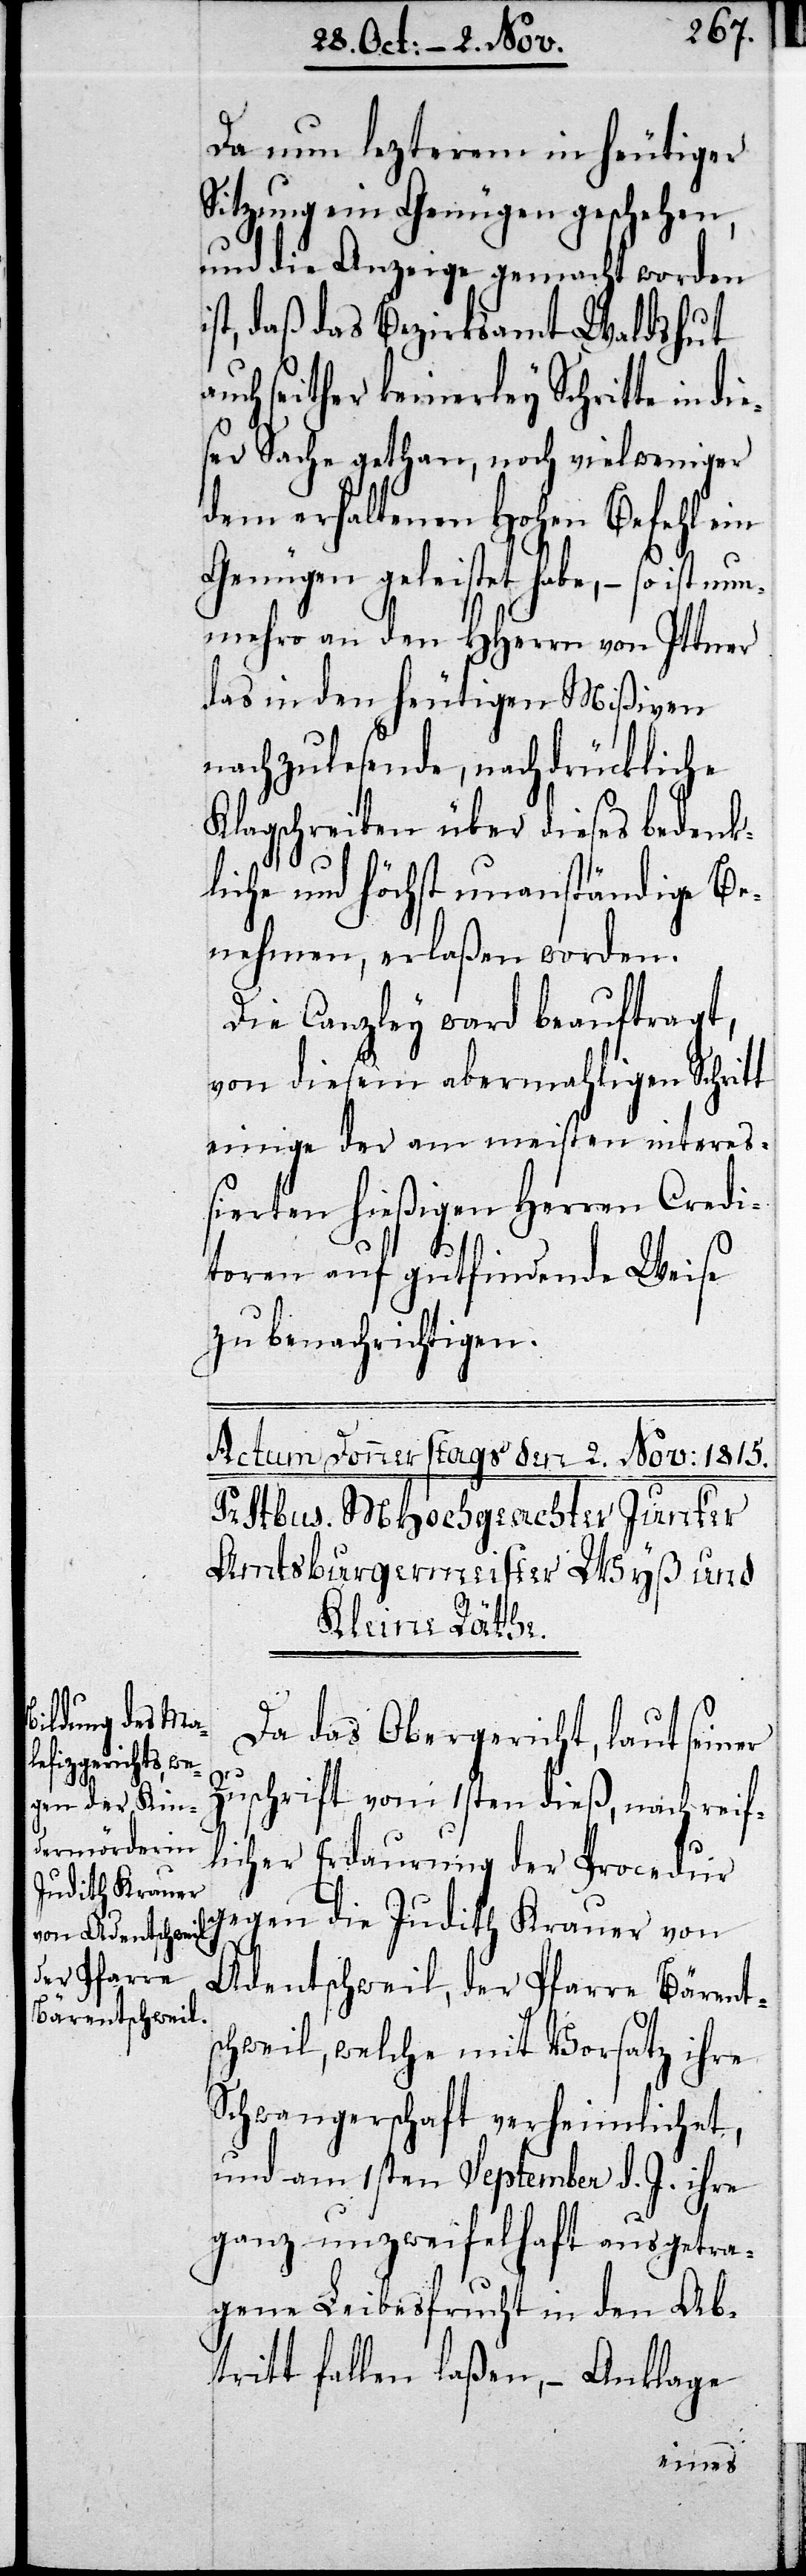
Da nun lezterem in heutiger
Sitzung ein Genügen geschehen,
und die Anzeige gemacht worden
ist, daß das Bezirksamt Waldshut
auch seither keinerley Schritte in die¬
ser Sache gethan, noch vielweniger
dem erhaltenen Hohen Befehl ein
Genüge geleistet habe, – so ist nun¬
mehro an den Herrn von Ittner
das in den heutigen Mißven
nachzulesende, nachdrückliche
Klagschreiben über dieses bedenk¬
liche und höchst unanständige Be¬
nehmen, erlaßen worden.
Die Canzley ward beauftragt,
von diesem abermahligen Schrit¬
t einige der am meisten intere¬
ßierten hießigen Herren Credi¬
toren auf gutfindende Weise
zu benachrichtigen.
Da das Obergericht, laut seiner
Zuschrift vom 1sten dieß, nach reiff¬
licher Erdaurung der Procedur
gegen die Judith Kramer von
Adentschweil, der Pfarre Bärents¬
chweil, welche mit Vorsatz ihre
Schwangerschaft verheimlichet,
und am 1sten September d. J. ihre
ganz unzweifelhaft ausgetra¬
gene Leibesfrucht in den Ab¬
tritt fallen laßen, – Anklage